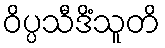
ဝိပ္ပသီဒိံသူတိ